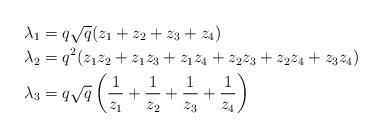
LaTeX: \begin{align*}\lambda_1&=q\sqrt{q}(z_1+z_2+z_3+z_4)\\\lambda_2&=q^2(z_1z_2+z_1z_3+z_1z_4+z_2z_3+z_2z_4+z_3z_4)\\\lambda_3&=q\sqrt{q}\left(\frac{1}{z_1}+\frac{1}{z_2}+\frac{1}{z_3}+\frac{1}{z_4}\right)\end{align*}